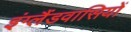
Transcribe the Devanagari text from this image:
इंग्लैंडवासियों